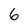
Character: 6